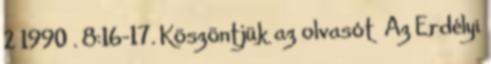
2 1990 . 8:16-17. Köszöntjük az olvasót Az Erdélyi